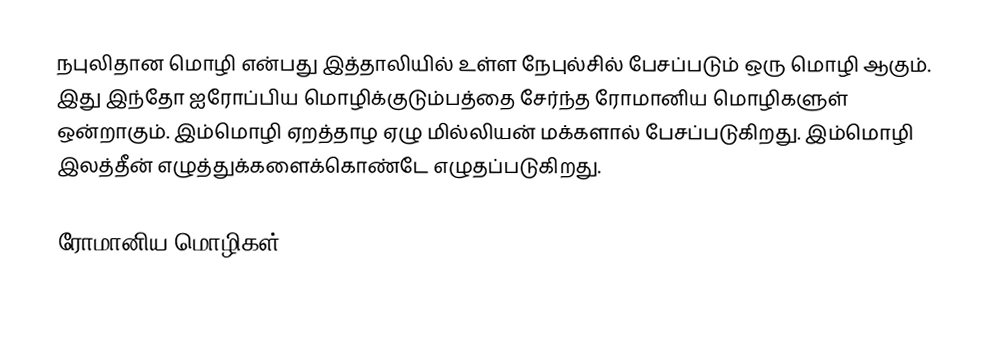
நபுலிதான மொழி என்பது இத்தாலியில் உள்ள நேபுல்சில் பேசப்படும் ஒரு மொழி ஆகும். இது இந்தோ ஐரோப்பிய மொழிக்குடும்பத்தை சேர்ந்த ரோமானிய மொழிகளுள் ஒன்றாகும். இம்மொழி ஏறத்தாழ ஏழு மில்லியன் மக்களால் பேசப்படுகிறது. இம்மொழி இலத்தீன் எழுத்துக்களைக்கொண்டே எழுதப்படுகிறது.

ரோமானிய மொழிகள்